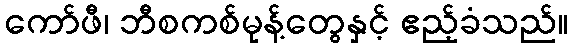
ကော်ဖီ၊ ဘီစကစ်မုန့်တွေနှင့် ဧည့်ခံသည်။